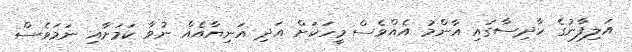
އަލިފާނުގެ ހާދިސާގައި އާންމު އެއްވެސް މީހަކަށް އަދި އަނިޔާއެއް ނުވާ ކަމަށާއި ނަމަވެސް